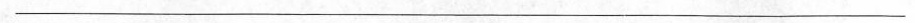
___